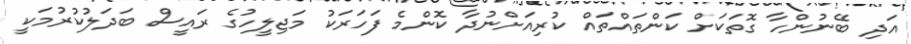
އަދި ބޭނުންހާ ގޮތަކަށް ކަންތައްތައް ކުރިއަށްނުދާ ކޮންމެ ފަހަރަކު މަޖިލީހުގެ ރައީސް ބަދަލުކުރުމަކީ